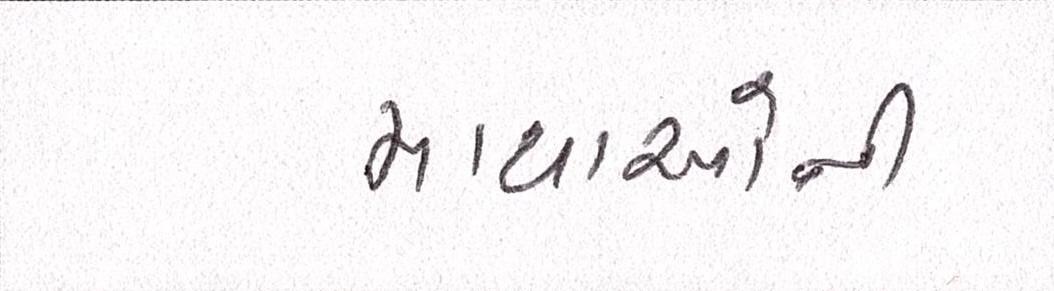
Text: માથાઓની